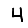
Digit: 4